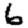
Digit: 6